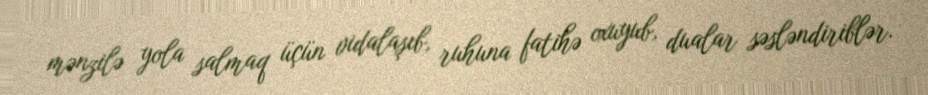
mənzilə yola salmaq üçün vidalaşıb, ruhuna fatihə oxuyub, dualar səsləndiriblər.